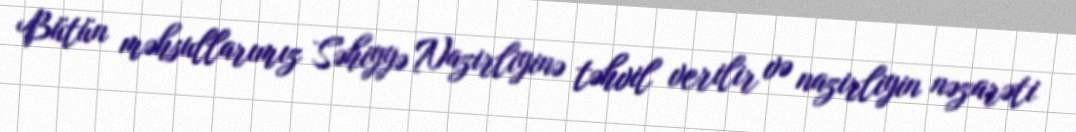
Bütün məhsullarımız Səhiyyə Nazirliyinə təhvil verilir və nazirliyin nəzarəti